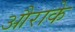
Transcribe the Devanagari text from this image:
औराके